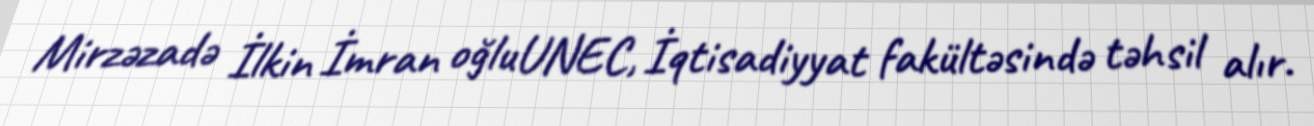
Mirzəzadə İlkin İmran oğluUNEC, İqtisadiyyat fakültəsində təhsil alır.